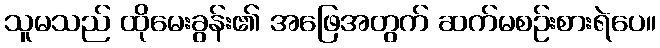
သူမသည် ထိုမေးခွန်း၏ အဖြေအတွက် ဆက်မစဉ်းစားရဲပေ။